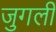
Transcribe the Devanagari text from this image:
जुगली